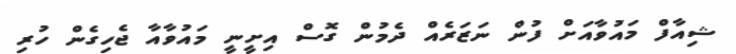
ޝިއާފް މައުވާއަށް ފުން ނަޒަރެއް ދެމުން ގޮސް އިށީނީ މައުވާއާ ޖެހިގެން ހުރި